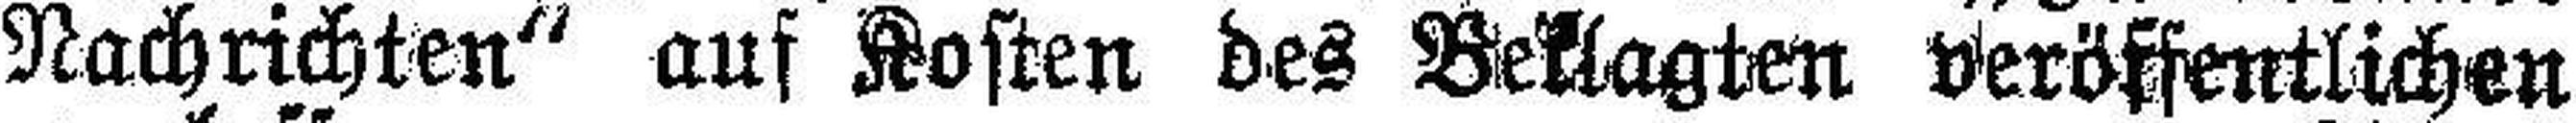
Nachrichten" auf Kosten des Beklagten veröffentlichen